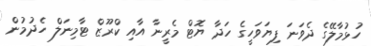
ހުޅުމާލޭގެ ދެވަނަ ފިޔަވަހީގެ ހަދާ ޔޮޓް މެރީނާ އާއި ކްރޫޒް ޓާމިނަލް ހެދުމުން